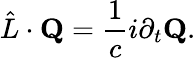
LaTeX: \hat{L}\cdot\mathbf{Q}=\frac{1}{c}i\partial_{t}\mathbf{Q}.